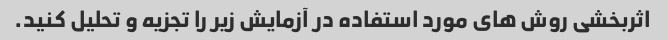
اثربخشی روش های مورد استفاده در آزمایش زیر را تجزیه و تحلیل کنید.